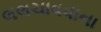
લલચાવવાના